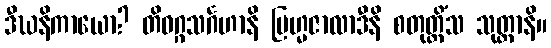
ဒီဃနိကာယော? တိဝဂ္ဂသင်္ဂဟာနိ ဗြဟ္မဇာလာဒီနိ စတုတ္တိံသ သုတ္တာနိ။